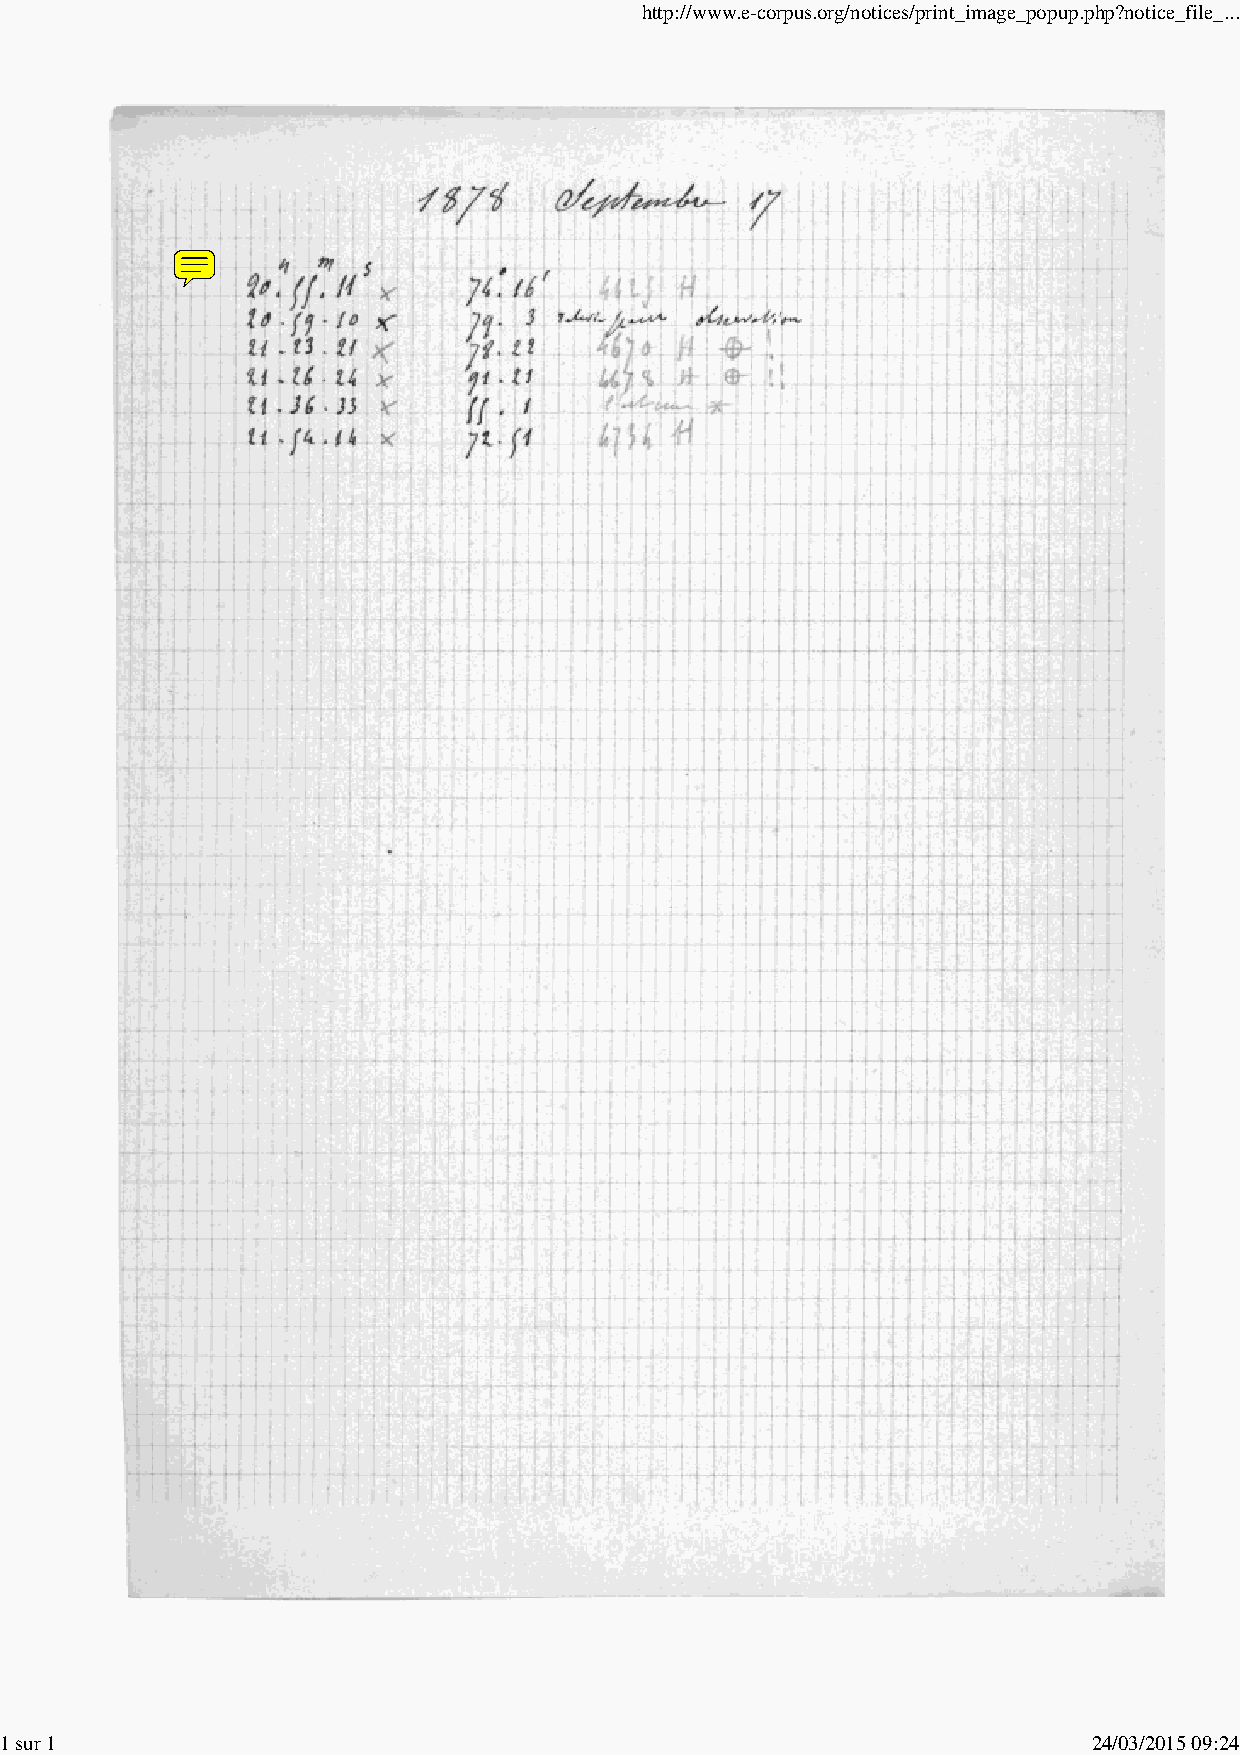
http://www.e-corpus.org/notices/print_image_popup.php?notice_file_...
 1 sur 1                                                                 24/03/2015 09:24